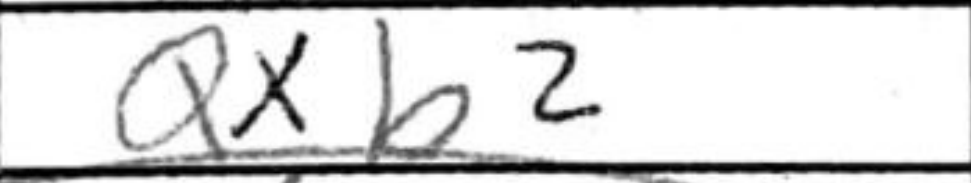
Transcription: Qxb2